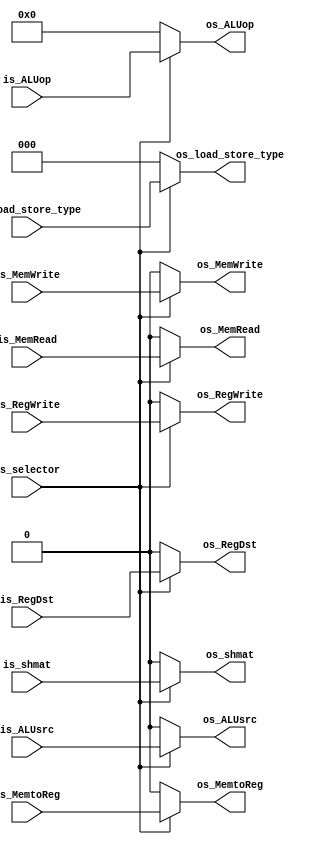
`timescale 1ns / 1ps
module MUX_control(
            input wire         is_selector,
            input wire         is_RegDst,
            input wire         is_MemRead,
            input wire         is_MemWrite,
            input wire         is_MemtoReg,
            input wire [3 : 0] is_ALUop,
            input wire         is_ALUsrc,
            input wire         is_RegWrite,
            input wire         is_shmat,
            input wire [2 : 0] is_load_store_type,
            output reg         os_RegDst,
            output reg         os_MemRead,
            output reg         os_MemWrite,
            output reg         os_MemtoReg,
            output reg [3 : 0] os_ALUop,
            output reg         os_ALUsrc,
            output reg         os_RegWrite,
            output reg         os_shmat,
            output reg [2 : 0] os_load_store_type
                  );
    always@(*)begin
        if(is_selector)begin
            os_RegDst           = is_RegDst;                   
            os_MemRead          = is_MemRead;
            os_MemWrite         = is_MemWrite;
            os_MemtoReg         = is_MemtoReg;
            os_ALUop            = is_ALUop;
            os_ALUsrc           = is_ALUsrc;
            os_RegWrite         = is_RegWrite;
            os_shmat            = is_shmat;
            os_load_store_type  = is_load_store_type;
        end
        else begin
            os_RegDst           = 0;                   
            os_MemRead          = 0;
            os_MemWrite         = 0;
            os_MemtoReg         = 0;
            os_ALUop            = 0;
            os_ALUsrc           = 0;
            os_RegWrite         = 0;
            os_shmat            = 0;
            os_load_store_type  = 0;
        end
    end
    
endmodule